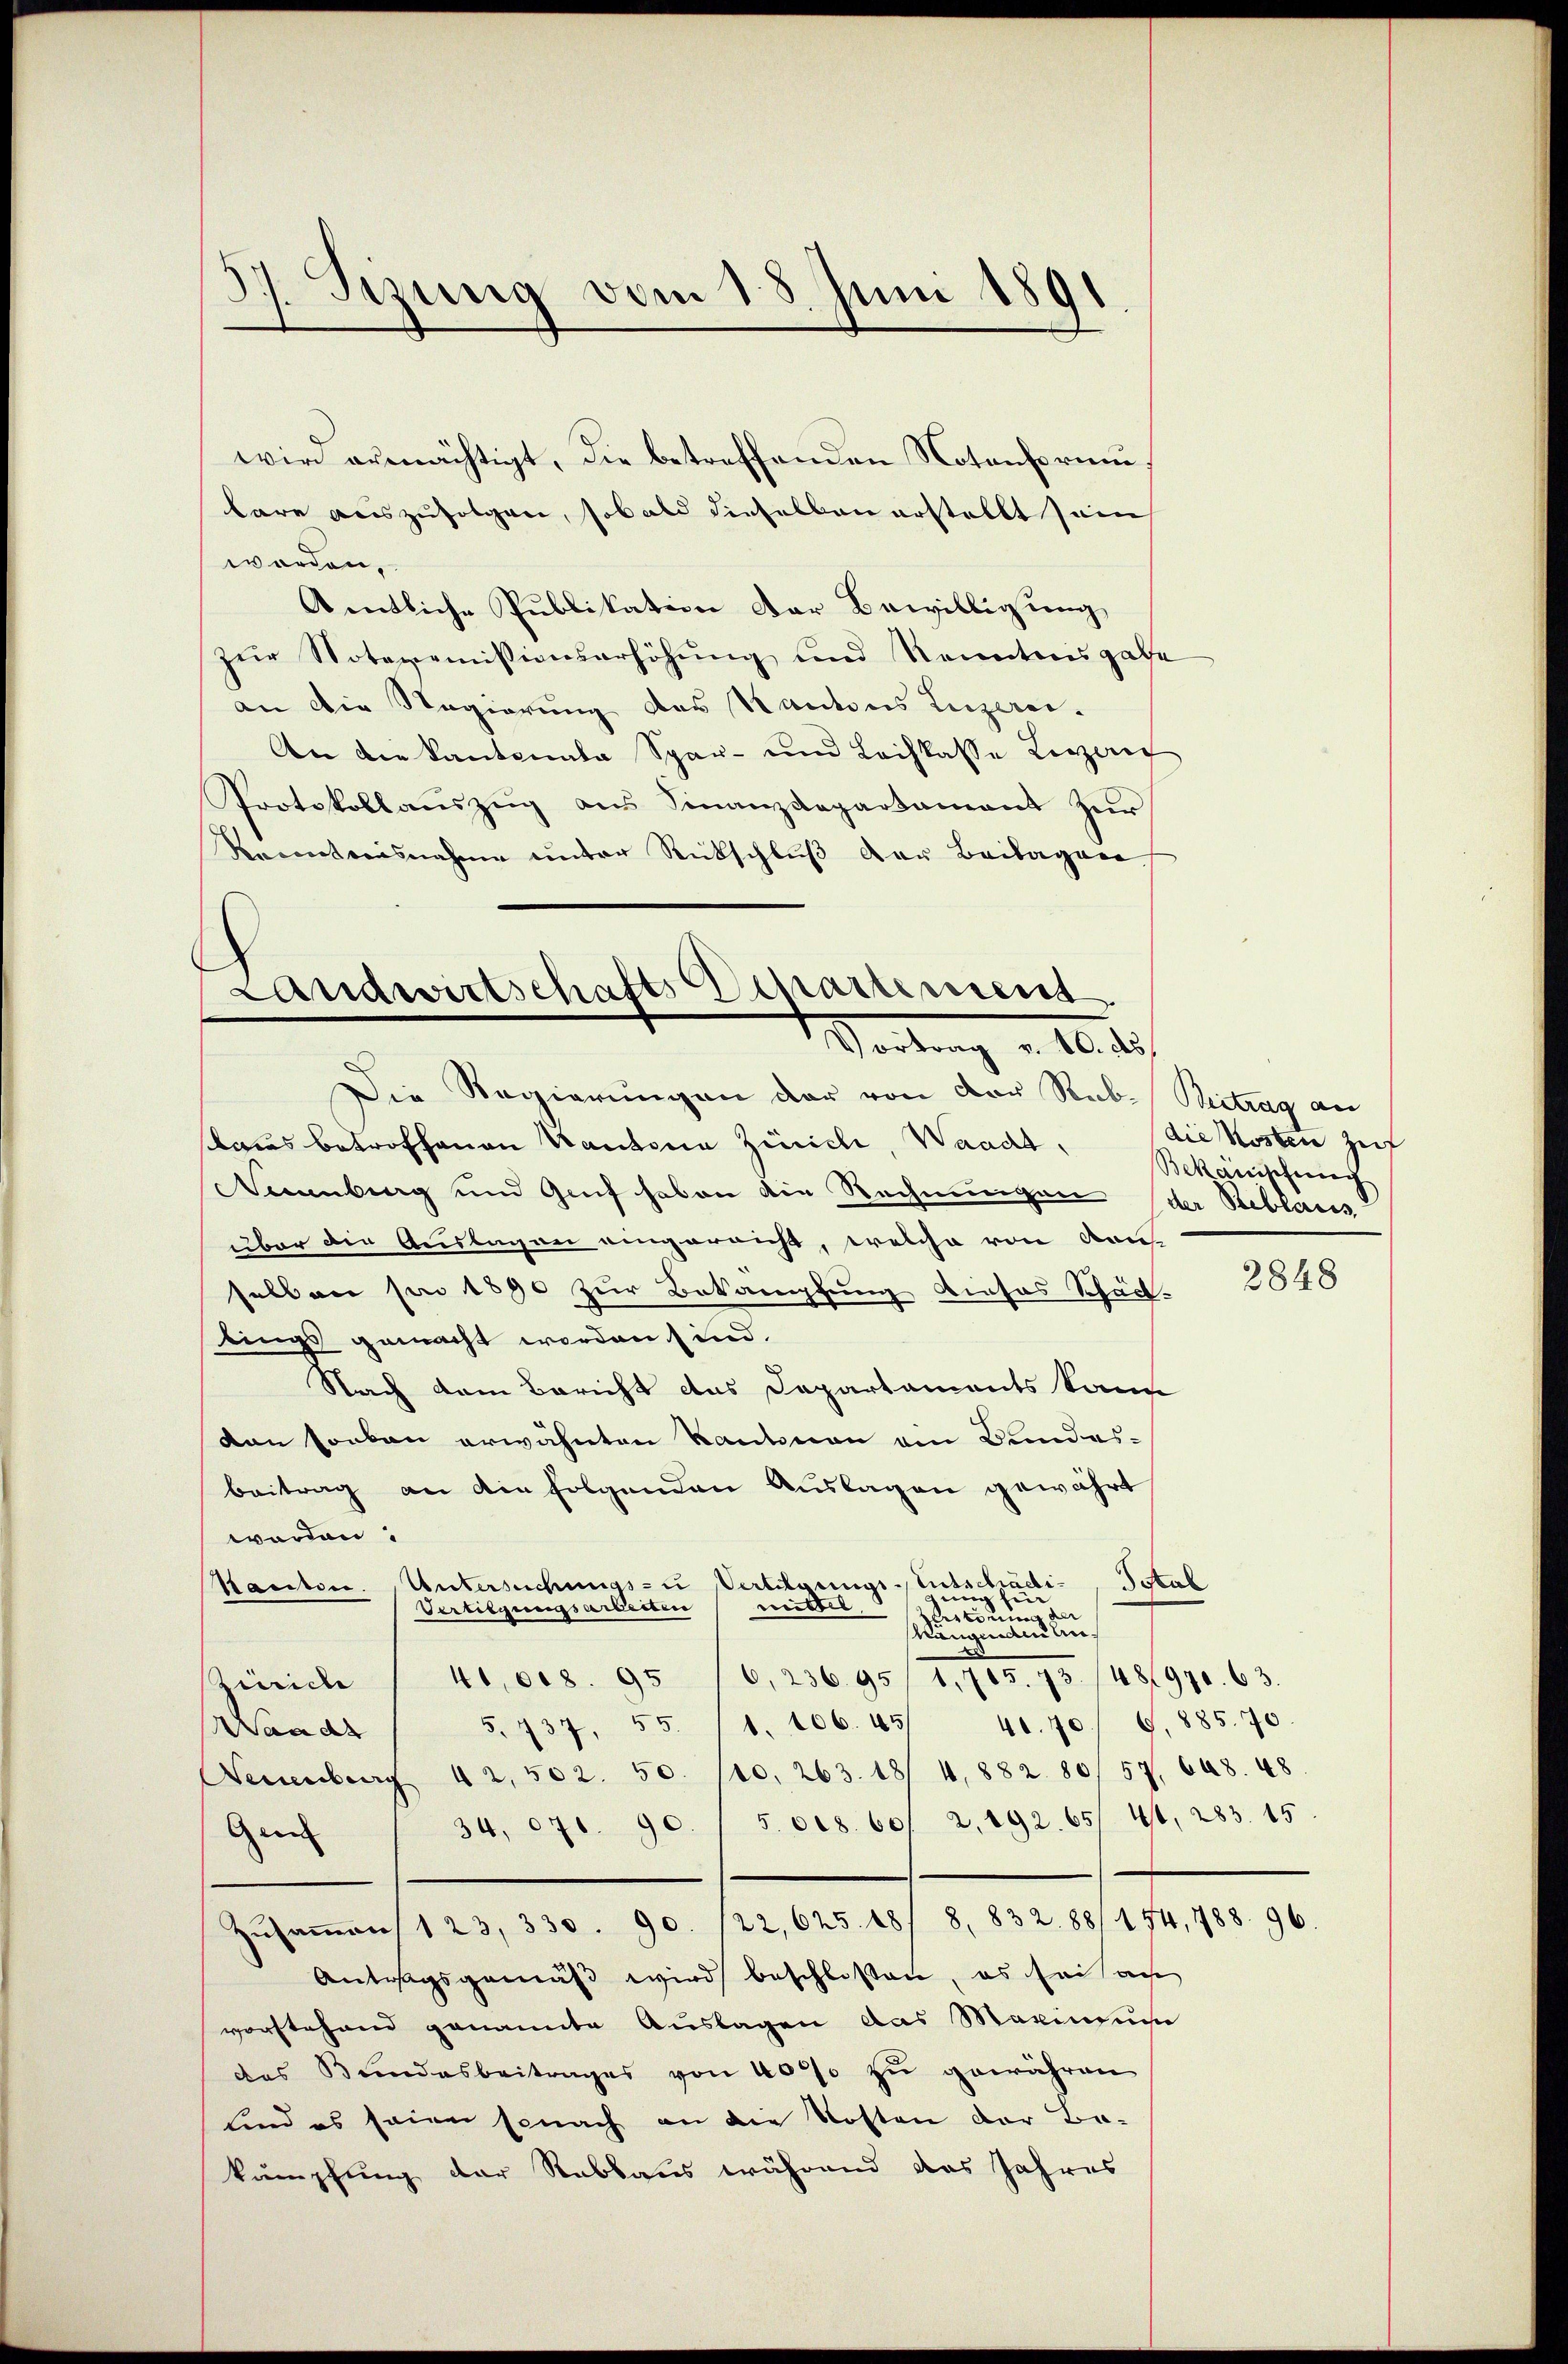
wird ermächtigt, die betreffenden Notenformu
bare auszufolgen, sobald dieselben erstellt sein
worden,
Amtliche Publikation der Bewilligung
zŭr Noteremissionserhöhung und Kenntnisgabe
an die Regierung des Kantons Luzerei-
An die kantonale Spar- und Leihkasse Liezenf
Protokollaŭszŭg aŭs Finanzdepartament zur
Kenntnisnahme unter Rückschluß der Beilagen.

37. Sizung vom 18. Juni 1891

Die Regierungen der von der Reb- Beitrag an
taus betroffenen Kantonia Zürich, Waadt,
Dernberg und Genf haben die Rechnungen der Stebraus
über die Auslagen eingerricht, welche von den
selben pr 1890 zur Bekämpfung dieses Schäch-
tings gemacht worden sind.
Nach dem Bericht das Departaments kann
von sonden erwähnten Kantonen am Bandes-
beitrag an die folgenden Auslagen gewährt
worden:
Kactore. Untersuchungs- Vertigungs-Entschädinig fin
mittel
Vertigungsarbeiten
Heeres an der
Mangen aus ein
Zürich / 41, rez. 95 (6, 23695/ 1,705. 75 /481970. 63.
5. 737. 55. 11. 106. 45 40. 70. 9,885. 70.
Waadt
Neuenburg 42. 502. 50. 10. 263. 18/ 4,882. 80/57. 668. 48
34. 671. 90. 15. 618. 60, 2, 192. 65/ 44, 283. 15.
Gem
Zŭsaṁens 1 23, 330. 90. 122,625. 18/ 8, 832. 88/ 174, 788. 96.
Antragsgemäß wird beschlossen, es sei au
vorstehend genannte Auslagen das Maximum
des Bundesbeitrages von 4000 zŭ gewähren
sind es seien sonach an die Kosten der Be-
kämpfung der Rabbaus während das Jahres

Landwirtschafts Departement
Portung u. 10. 1

die Kosten zu
Bekanischung

SStal

2848